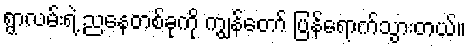
ရွာလမ်းရဲ့ ညနေတစ်ခုကို ကျွန်တော် ပြန်ရောက်သွားတယ်။